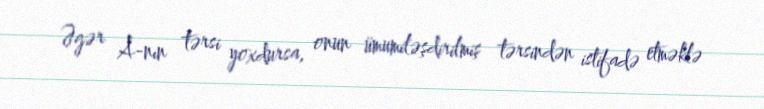
Əgər A-nın tərsi yoxdursa, onun ümumiləşdirilmiş tərsindən istifadə etməklə